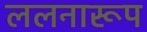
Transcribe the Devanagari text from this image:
ललनारूप